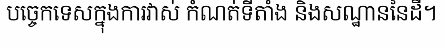
បច្ចេកទេសក្នុងការវាស់ កំណត់ទីតាំង និងសណ្ឋាននៃដី។